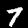
Digit: 7